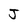
Character: J